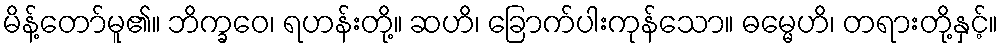
မိန့်တော်မူ၏။ ဘိက္ခဝေ၊ ရဟန်းတို့။ ဆဟိ၊ ခြောက်ပါးကုန်သော။ ဓမ္မေဟိ၊ တရားတို့နှင့်။